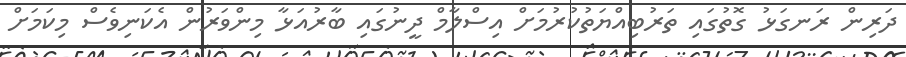
ދަރިން ރަނގަޅު ގޮތުގައި ތަރުބިއްޔަތުކުރުމަށް އިސްލާމް ދީނުގައި ބާރުއަޅާ މިންވަރުން އެކަނިވެސް މިކަމަށް